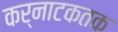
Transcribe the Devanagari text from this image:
कर्नाटकतक